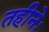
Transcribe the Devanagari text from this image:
तहीनेः